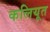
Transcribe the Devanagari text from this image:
कलियूत